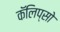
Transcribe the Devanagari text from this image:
कॅलिप्सो